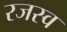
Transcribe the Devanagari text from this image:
रजस्व